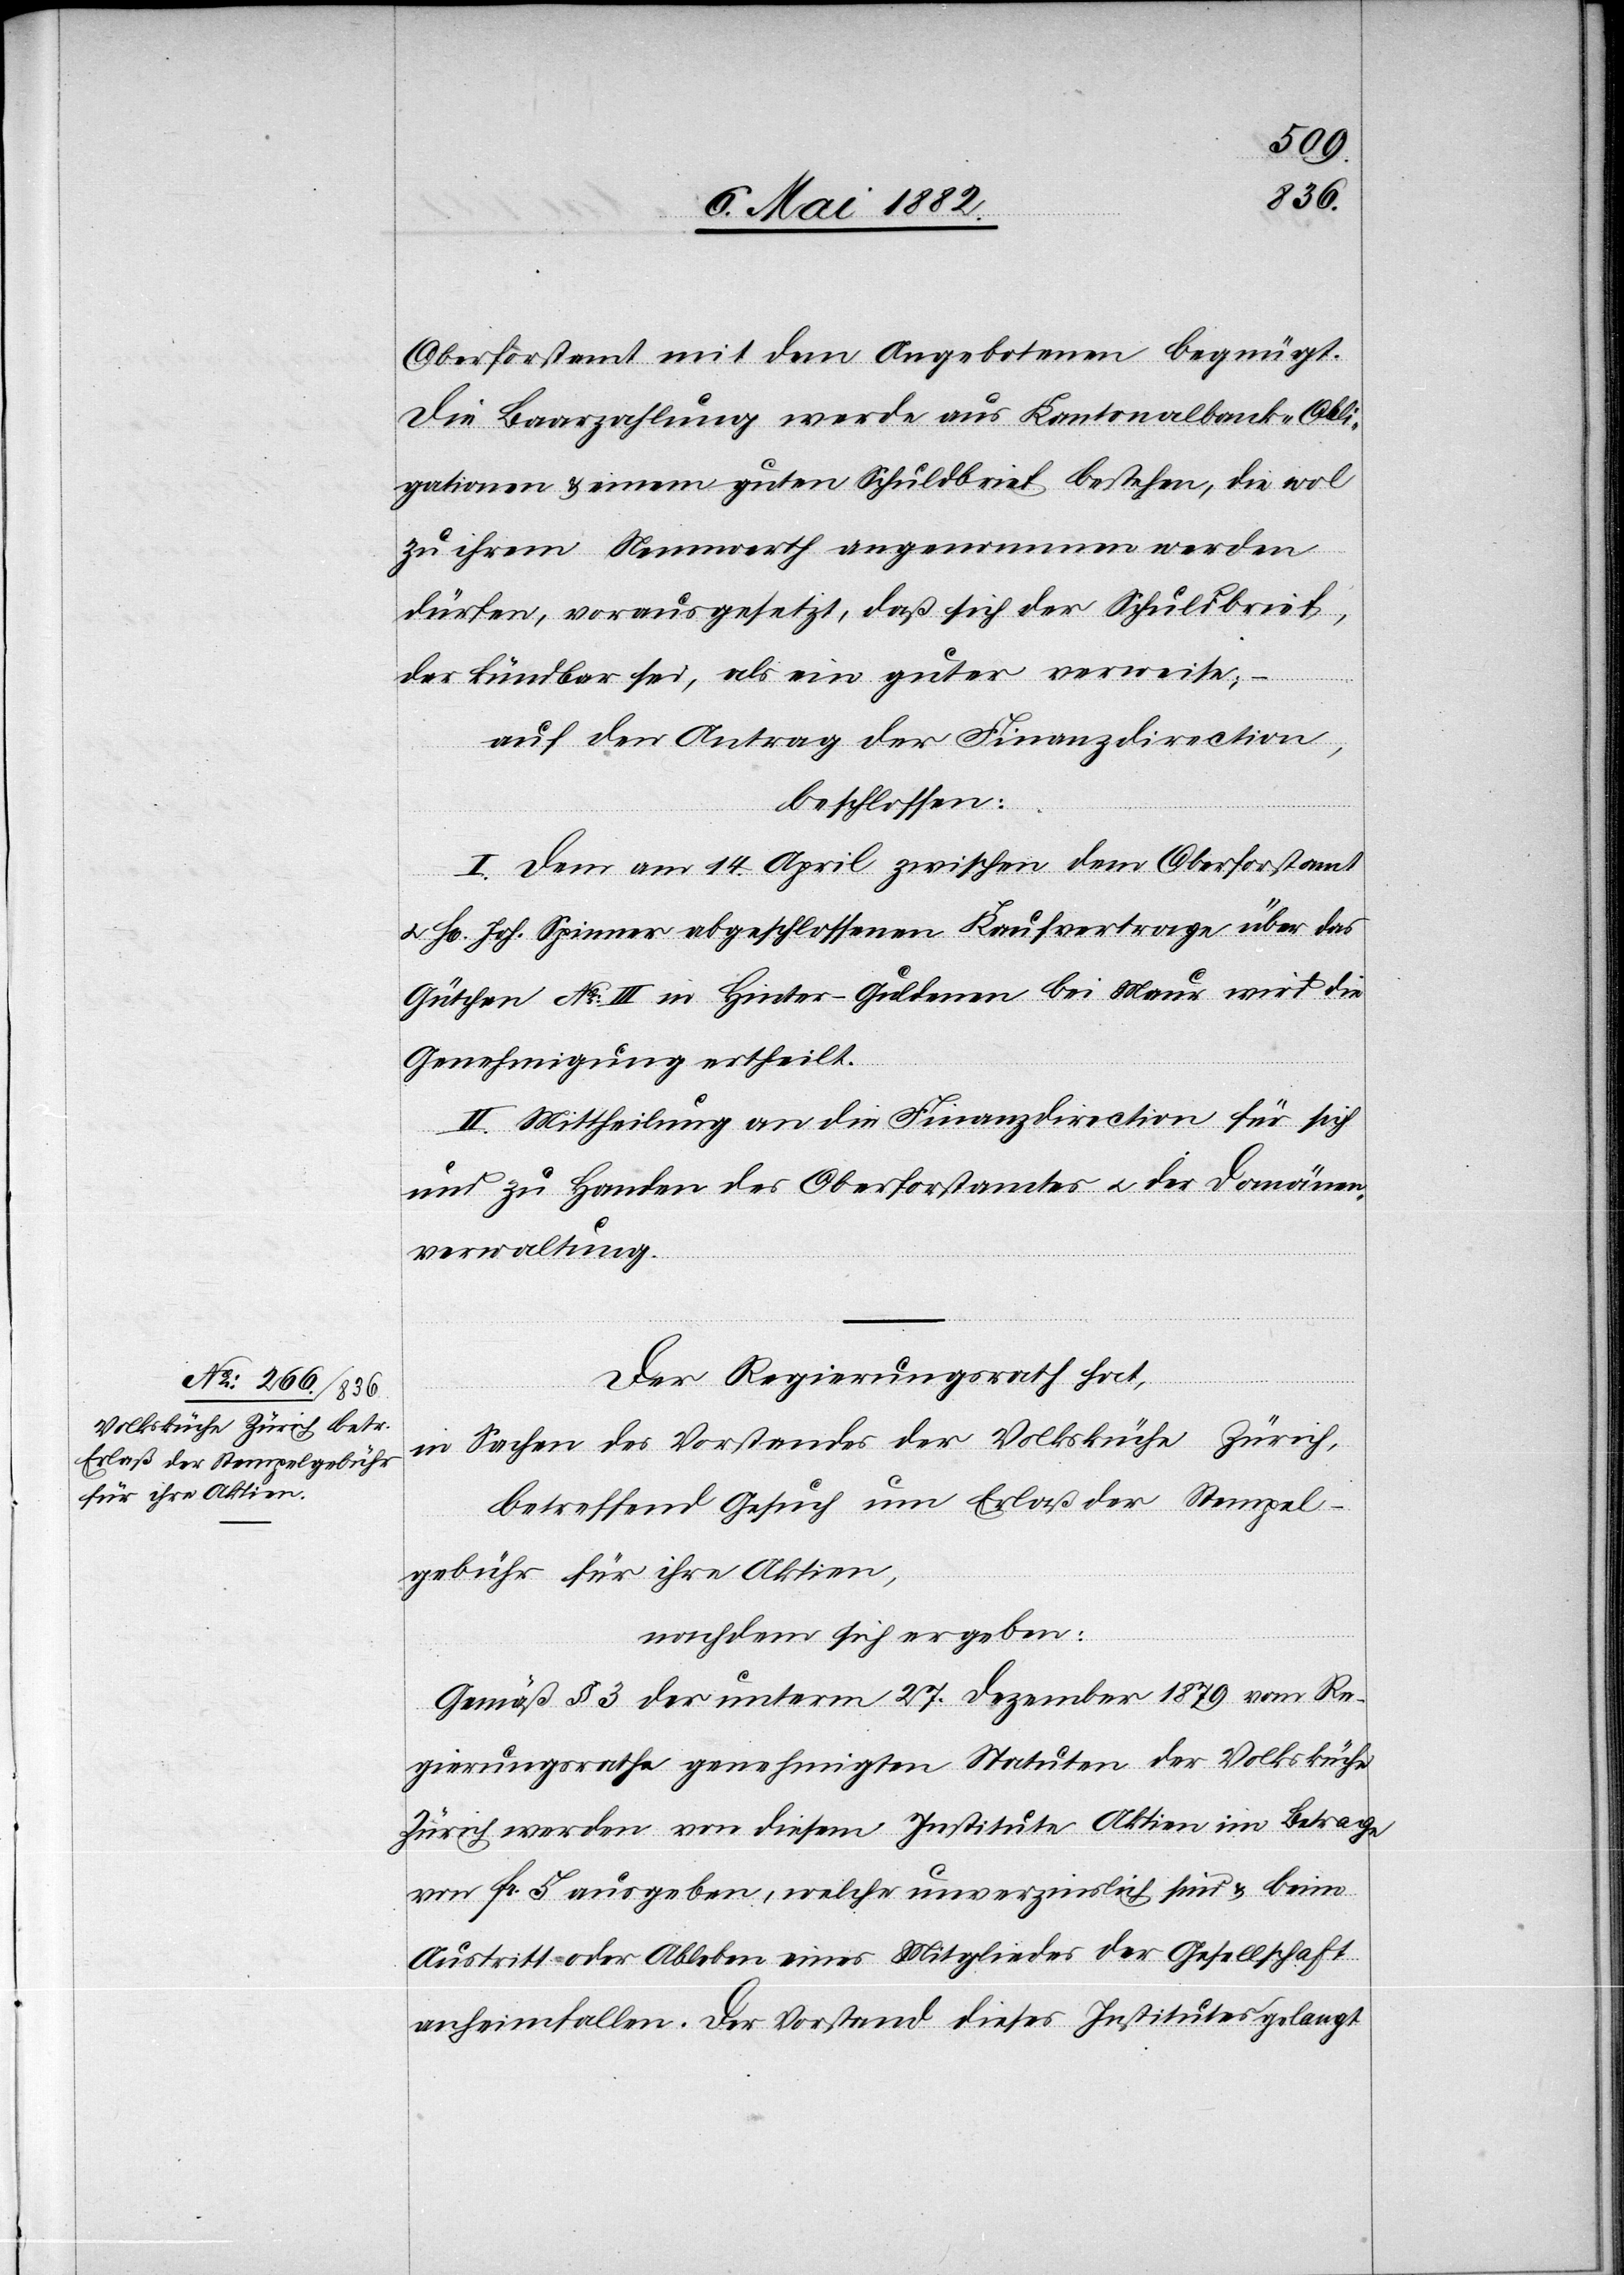
Oberforstamt mit dem Angebotenen begnügt.
Die Baarzahlung werde aus Kantonalbank-Obli¬
gationen & einem guten Schuldbrief bestehen, die wol
zu ihrem Nennwerth angenommen werden
dürfen, vorausgesetzt, daß sich der Schuldbrief,
der kündbar sei, als ein guter erweise;
auf den Antrag der Finanzdirection,
beschlossen:
I. Dem am 14. April zwischen dem Oberforstamt
u. H[rn]. Joh. Spinner abgeschlossenen Kaufvertrage über das
Gütchen No III in Hinter-Guldenen bei Maur wird die
Genehmigung ertheilt.
II. Mittheilung an die Finanzdirection für sich
und zu Handen des Oberforstamtes u. der Domänen¬
verwaltung.
Der Regierungsrath hat,
in Sachen des Vorstandes der Volksküche Zürich,
betreffen Gesuch um Erlaß der Stempel¬
gebühren für ihre Aktien,
nachdem sich ergeben:
Gemäß § 3 der unterm 27. Dezember 1879 vom Re¬
gierungsrathe genehmigten Statuten der Volksküche
Zürich werden von diesem Institute Aktien im Betrage
von Fr. 5 ausgegeben, welche unverzinslich sind & beim
Austritt oder Ableben eines Mitgliedes der Gesellschaft
anheimfallen. Der Vorstand dieses Institutes gelangt